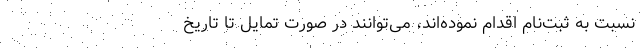
نسبت به ثبت‌نام اقدام نموده‌اند، می‌توانند در صورت تمایل تا تاریخ